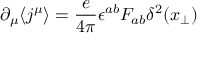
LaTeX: \partial _ { \mu } \langle j ^ { \mu } \rangle = \frac { e } { 4 \pi } \epsilon ^ { a b } F _ { a b } \delta ^ { 2 } ( x _ { \perp } )